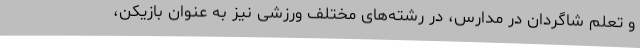
و تعلم شاگردان در مدارس، در رشته‌های مختلف ورزشی نیز به عنوان بازیکن،